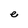
Character: e